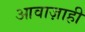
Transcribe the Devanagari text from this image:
आवाज़ाही